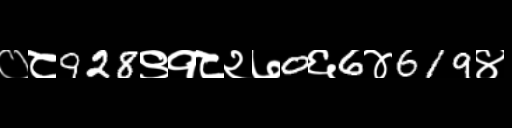
Text: ०८928९१८२७0६6४619४